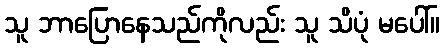
သူ ဘာပြောနေသည်ကိုလည်း သူ သိပုံ မပေါ်။